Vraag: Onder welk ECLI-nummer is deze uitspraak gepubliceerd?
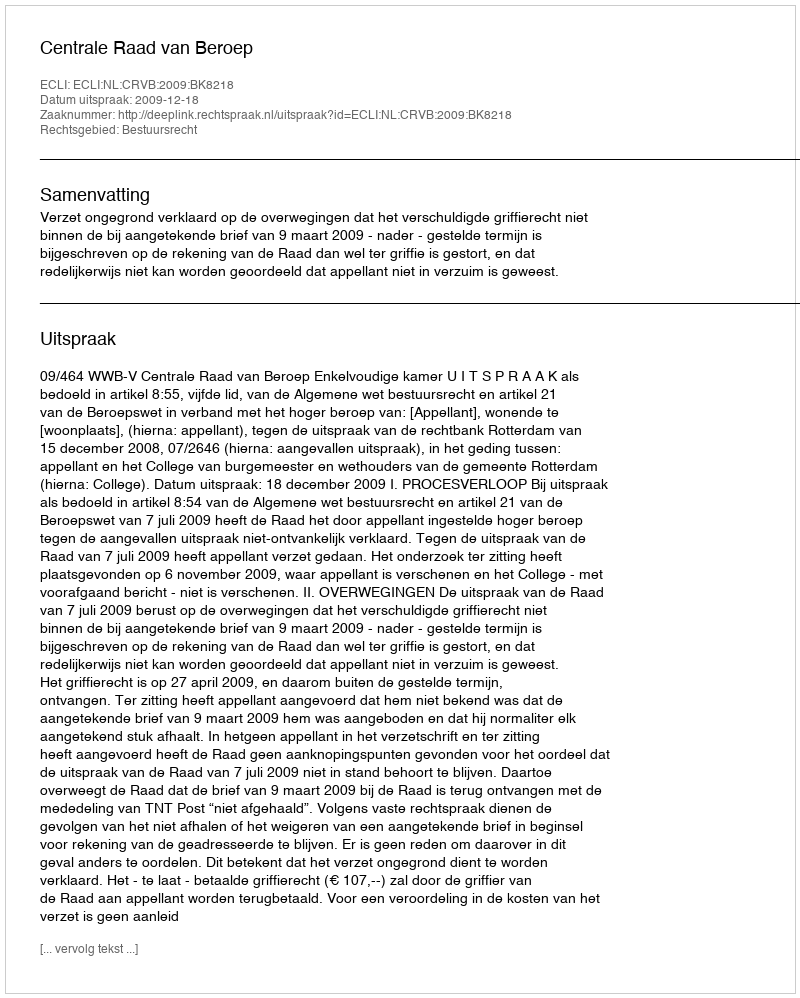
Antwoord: ECLI:NL:CRVB:2009:BK8218